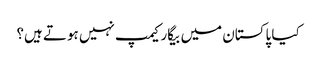
کیا پاکستان میں بیگار کیمپ نہیں ہوتے ہیں؟